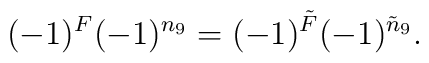
(-1)^F(-1)^{n_9}=(-1)^{\tilde F}(-1)^{\tilde n_9}.